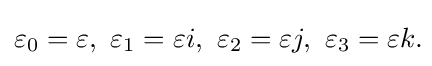
\varepsilon _{0}=\varepsilon ,\ \varepsilon _{1}=\varepsilon i,\ \varepsilon _{2}=\varepsilon j,\ \varepsilon _{3}=\varepsilon k.\!